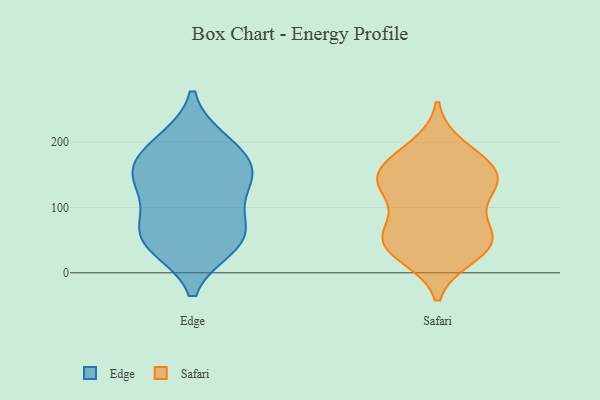
{"axis": {"x": "Tickets Resolved", "y": "Value"}, "legend": ["Edge", "Safari"], "data": [{"x": "", "y": 59, "type": "Edge"}, {"x": "", "y": 200, "type": "Edge"}, {"x": "", "y": 152, "type": "Edge"}, {"x": "", "y": 150, "type": "Edge"}, {"x": "", "y": 159, "type": "Edge"}, {"x": "", "y": 194, "type": "Edge"}, {"x": "", "y": 42, "type": "Edge"}, {"x": "", "y": 46, "type": "Edge"}, {"x": "", "y": 61, "type": "Edge"}, {"x": "", "y": 138, "type": "Edge"}, {"x": "", "y": 96, "type": "Edge"}, {"x": "", "y": 192, "type": "Safari"}, {"x": "", "y": 49, "type": "Safari"}, {"x": "", "y": 155, "type": "Safari"}, {"x": "", "y": 130, "type": "Safari"}, {"x": "", "y": 33, "type": "Safari"}, {"x": "", "y": 58, "type": "Safari"}, {"x": "", "y": 27, "type": "Safari"}, {"x": "", "y": 177, "type": "Safari"}, {"x": "", "y": 131, "type": "Safari"}, {"x": "", "y": 48, "type": "Safari"}, {"x": "", "y": 54, "type": "Safari"}, {"x": "", "y": 149, "type": "Safari"}, {"x": "", "y": 85, "type": "Safari"}, {"x": "", "y": 134, "type": "Safari"}, {"x": "", "y": 150, "type": "Safari"}]}